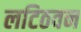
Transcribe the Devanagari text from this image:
लटिठवन